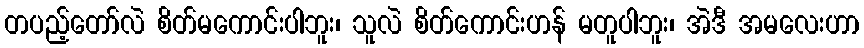
တပည့်တော်လဲ စိတ်မကောင်းပါဘူး၊ သူလဲ စိတ်ကောင်းဟန် မတူပါဘူး၊ အဲဒီ အမလေးဟာ